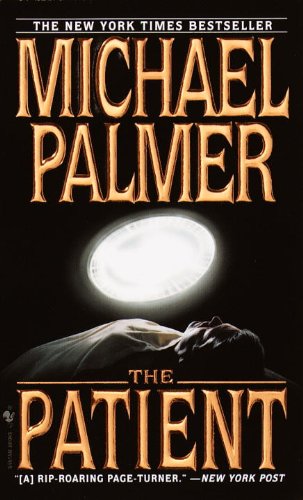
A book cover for The Patient; Michael Palmer; Literature & Fiction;